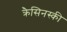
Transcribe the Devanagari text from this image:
क्रैसिनस्की